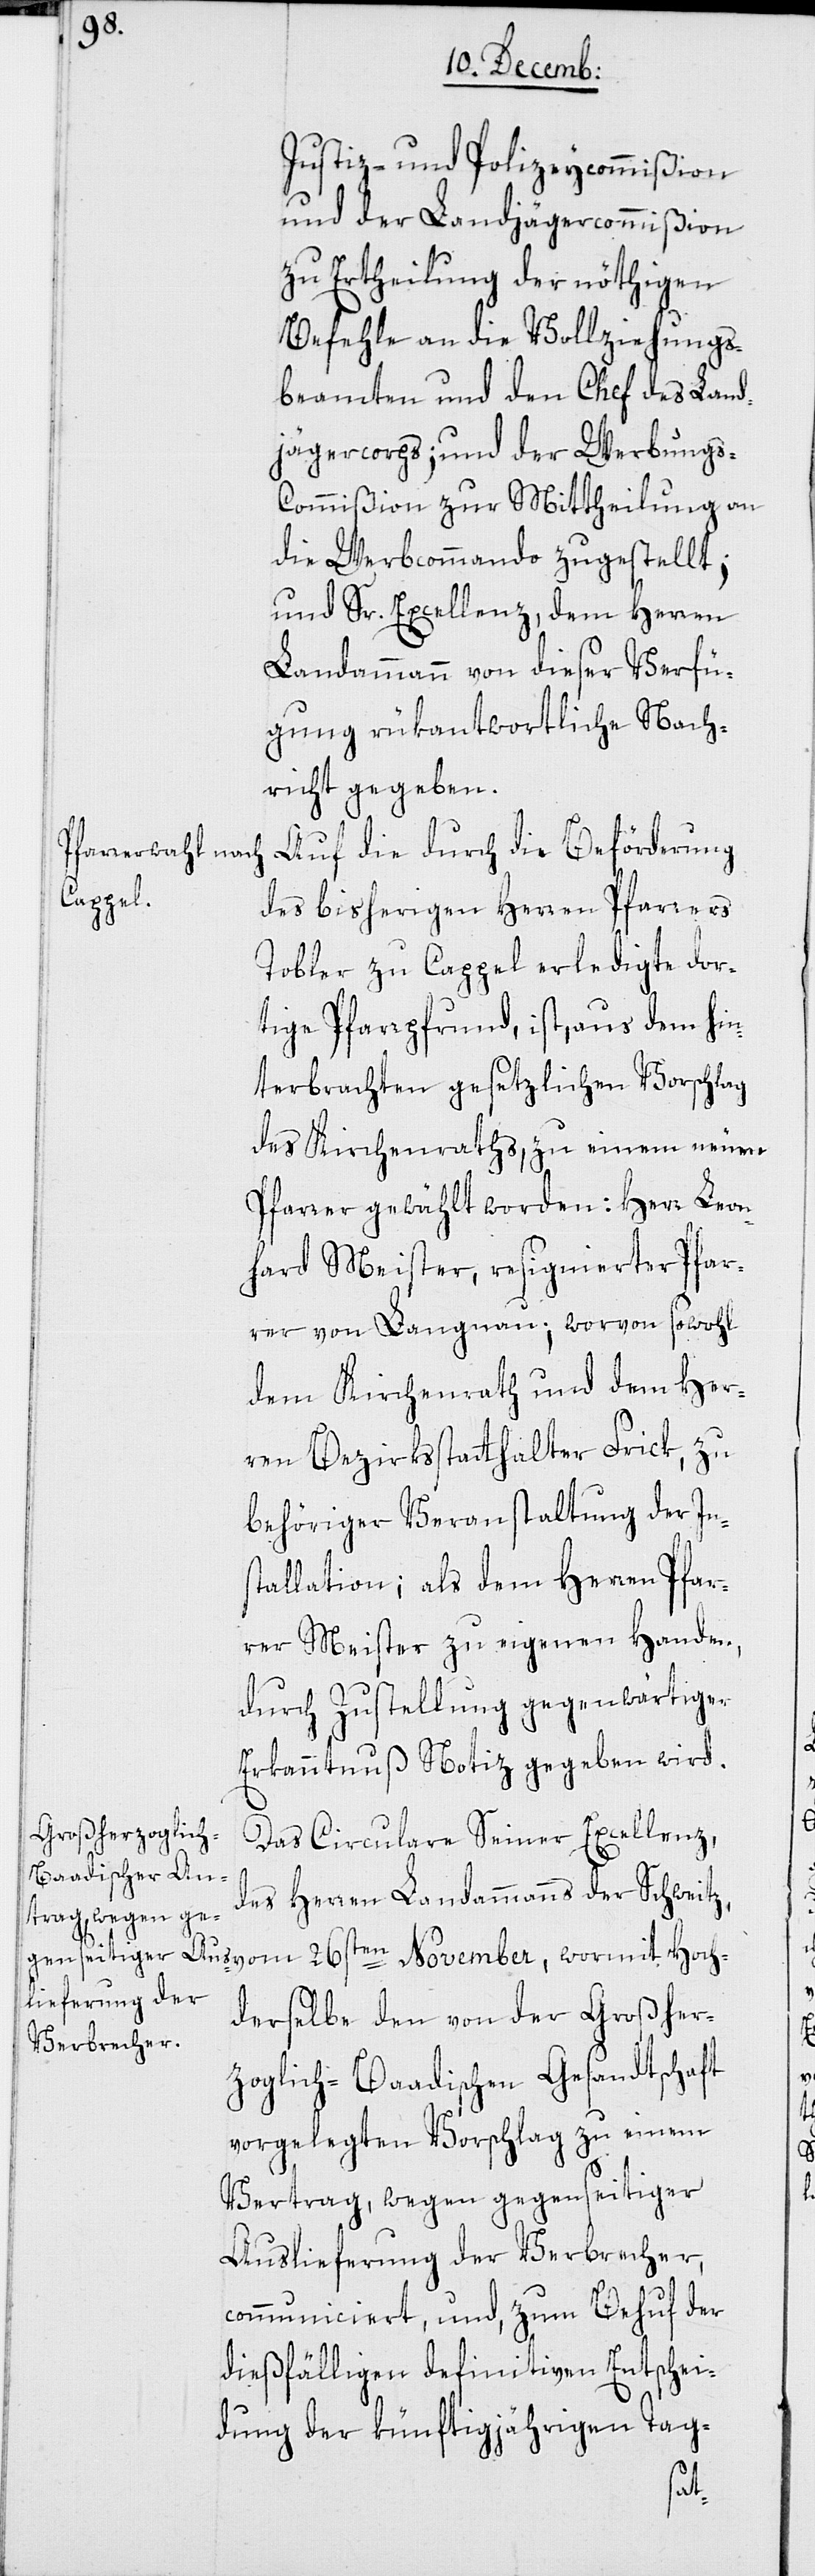
Justiz- und Polizeycommißion
und der Landjägercommißion
zu Ertheilung der nöthigen
Befehle an die Vollziehungs¬
beamten und den Chef des Land¬
jägercorps; und der Werbungs-C¬
ommißion zur Mittheilung an
die Werbcommando zugestellt,
und Sr. Excellenz, dem Herren
Landammann von dieser Verfü¬
gung rükantwortliche Nach¬
richt gegeben.
Auf die durch die Beförderung
des bisherigen Herren Pfarrers
Tobler zu Cappel erledigte dor¬
tige Pfarrpfrund, ist, aus dem hin¬
terbrachten gesetzlichen Vorschlag
des Kirchenraths, zu einem neuen
Pfarrer gewählt worden: Herr Leon¬
hard Meister, resignierter Pfar¬
rer von Langnau; worvon sowohl
dem Kirchenrath und dem Her¬
ren Bezirksstatthalter Frick, zu
behöriger Veranstaltung der Ins¬
tallation; als dem Herren Pfar¬
rer Meister zu eigenen Handen,
durch Zustellung gegenwärtiger
Erkanntnuß Notiz gegeben wird.
Das Circulare Seiner Excellenz,
des Herren Landammanns der Schweitz
hderselbe den von der Großher¬
zoglich-Baadischen Gesandtschaft
vorgelegten Vorschlag zu einem
Vertrag, wegen gegenseitiger
Auslieferung der Verbrecher,
communiciert, und, zum Behuf der
dießfälligen definitiven Entschei¬
dung der künftigjährigen Tag-
Hoc¬